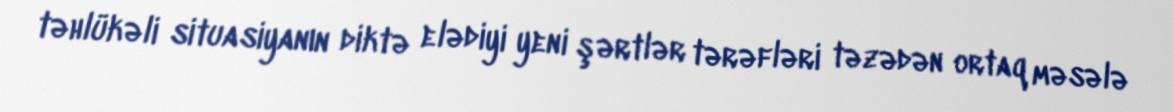
təhlükəli situasiyanın diktə elədiyi yeni şərtlər tərəfləri təzədən ortaq məsələ